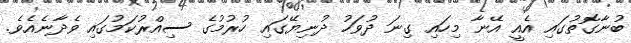
ބުނާގޮތުގައި އެއީ އޭނާ މިހައި ގިނަ ދުވަހު ދުނިޔޭގައި ހުރުމުގެ ސިއްރުކަމުގައި ވެދާނެއެވެ.